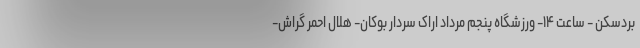
بردسکن - ساعت ۱۴- ورزشگاه پنجم مرداد اراک سردار بوکان- هلال احمر گراش-